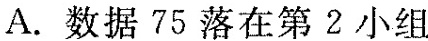
A.数据75落在第2小组